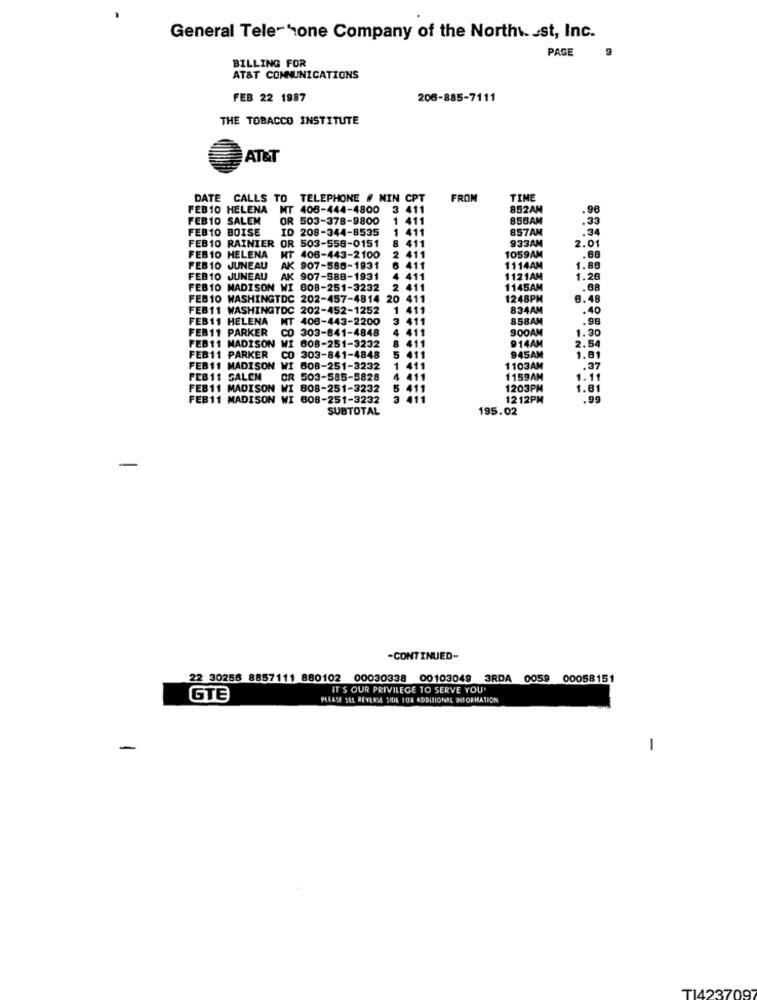
General Tele-hone Company of the Northwest, Inc.
PAGE
BILLING FOR
AT&T COMMUNICATIONS
FEB 22 1987
206-885-7111
THE TOBACCO INSTITUTE
AT&T
DATE CALLS TO TELEPHONE # NIN CPT
FROM
TINE
FEB10 HELENA
T 406-444-4800 3 411
852AM
.98
FEB10 SALEM
OR 503-378-9800
1 411
856AM
.33
FEB10 BOISE
ID 208-344-8535
857AM
.34
FEB10 RAINIER OR 503-558-0151
1 411
933AM
2.01
8 411
FEB10 HELENA
NT 406-443-2100
2 411
1059AM
.68
FEB10 JUNEAU
AK 907-586-1931
411
1114AM
1.88
FEB10 JUNEAU
AK 907-588-1931
4 411
1121AM
1.26
FEB10 MADISON WI 808-251-3232
2 411
1145AM
.68
FEB10 WASHINGTDC 202-457-4814 20
411
1248PM
8.48
FEB11 WASHINGTDC 202-452-1252
1 411
834AM
.40
FEB11 HELENA
MT 408-443-2200
3
411
858AM
.98
FEB11 PARKER
CO 303-841-4848
411
900AM
1.30
FEB11 MADISON WI 608-251-3232
914AM
411
2.54
FEB11 PARKER
CO 303-841-4848
5 411
945AM
1.81
FEB11 MADISON
WI 608-251-3232
1 411
1103AM
.37
FEB 11 SALEM
CR 503-585-5828
4 411
1159AM
1.11
FEB11 MADISON WI 808-251-3232
FEB11 MADISON
5 411
1203PM
1.61
FEB11 MADISON WI 608-251-3232
3 411
1212PM
.99
SUBTOTAL
195.02
-
-CONTINUED-
22 30256 8857111 880102
00030338
00103049 3RDA 0059
00058151
IT'S OUR PRIVILEGE TO SERVE YOU'
GTE
PLEASE SEE REVERSE SIDE 102 ADDITIONAL INFORMATION
-
TI4237097